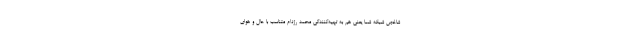
شاخص شبکه شما یعنی هم به تهیه‌کنندگی محمد رژدام متناسب با حال و هوای